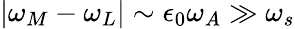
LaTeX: \lvert\omega_{M}-\omega_{L}\rvert\sim\epsilon_{0}\omega_{A}\gg\omega_{s}